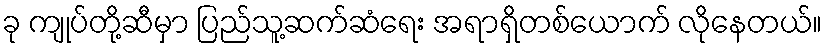
ခု ကျုပ်တို့ဆီမှာ ပြည်သူ့ဆက်ဆံရေး အရာရှိတစ်ယောက် လိုနေတယ်။